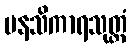
မနသိကာရသုတ္တံ